65_HS1-101634279_100-DE-26505
Agency: FBI
Incident date: 11/7/57
Incident location: Germany
Page 10
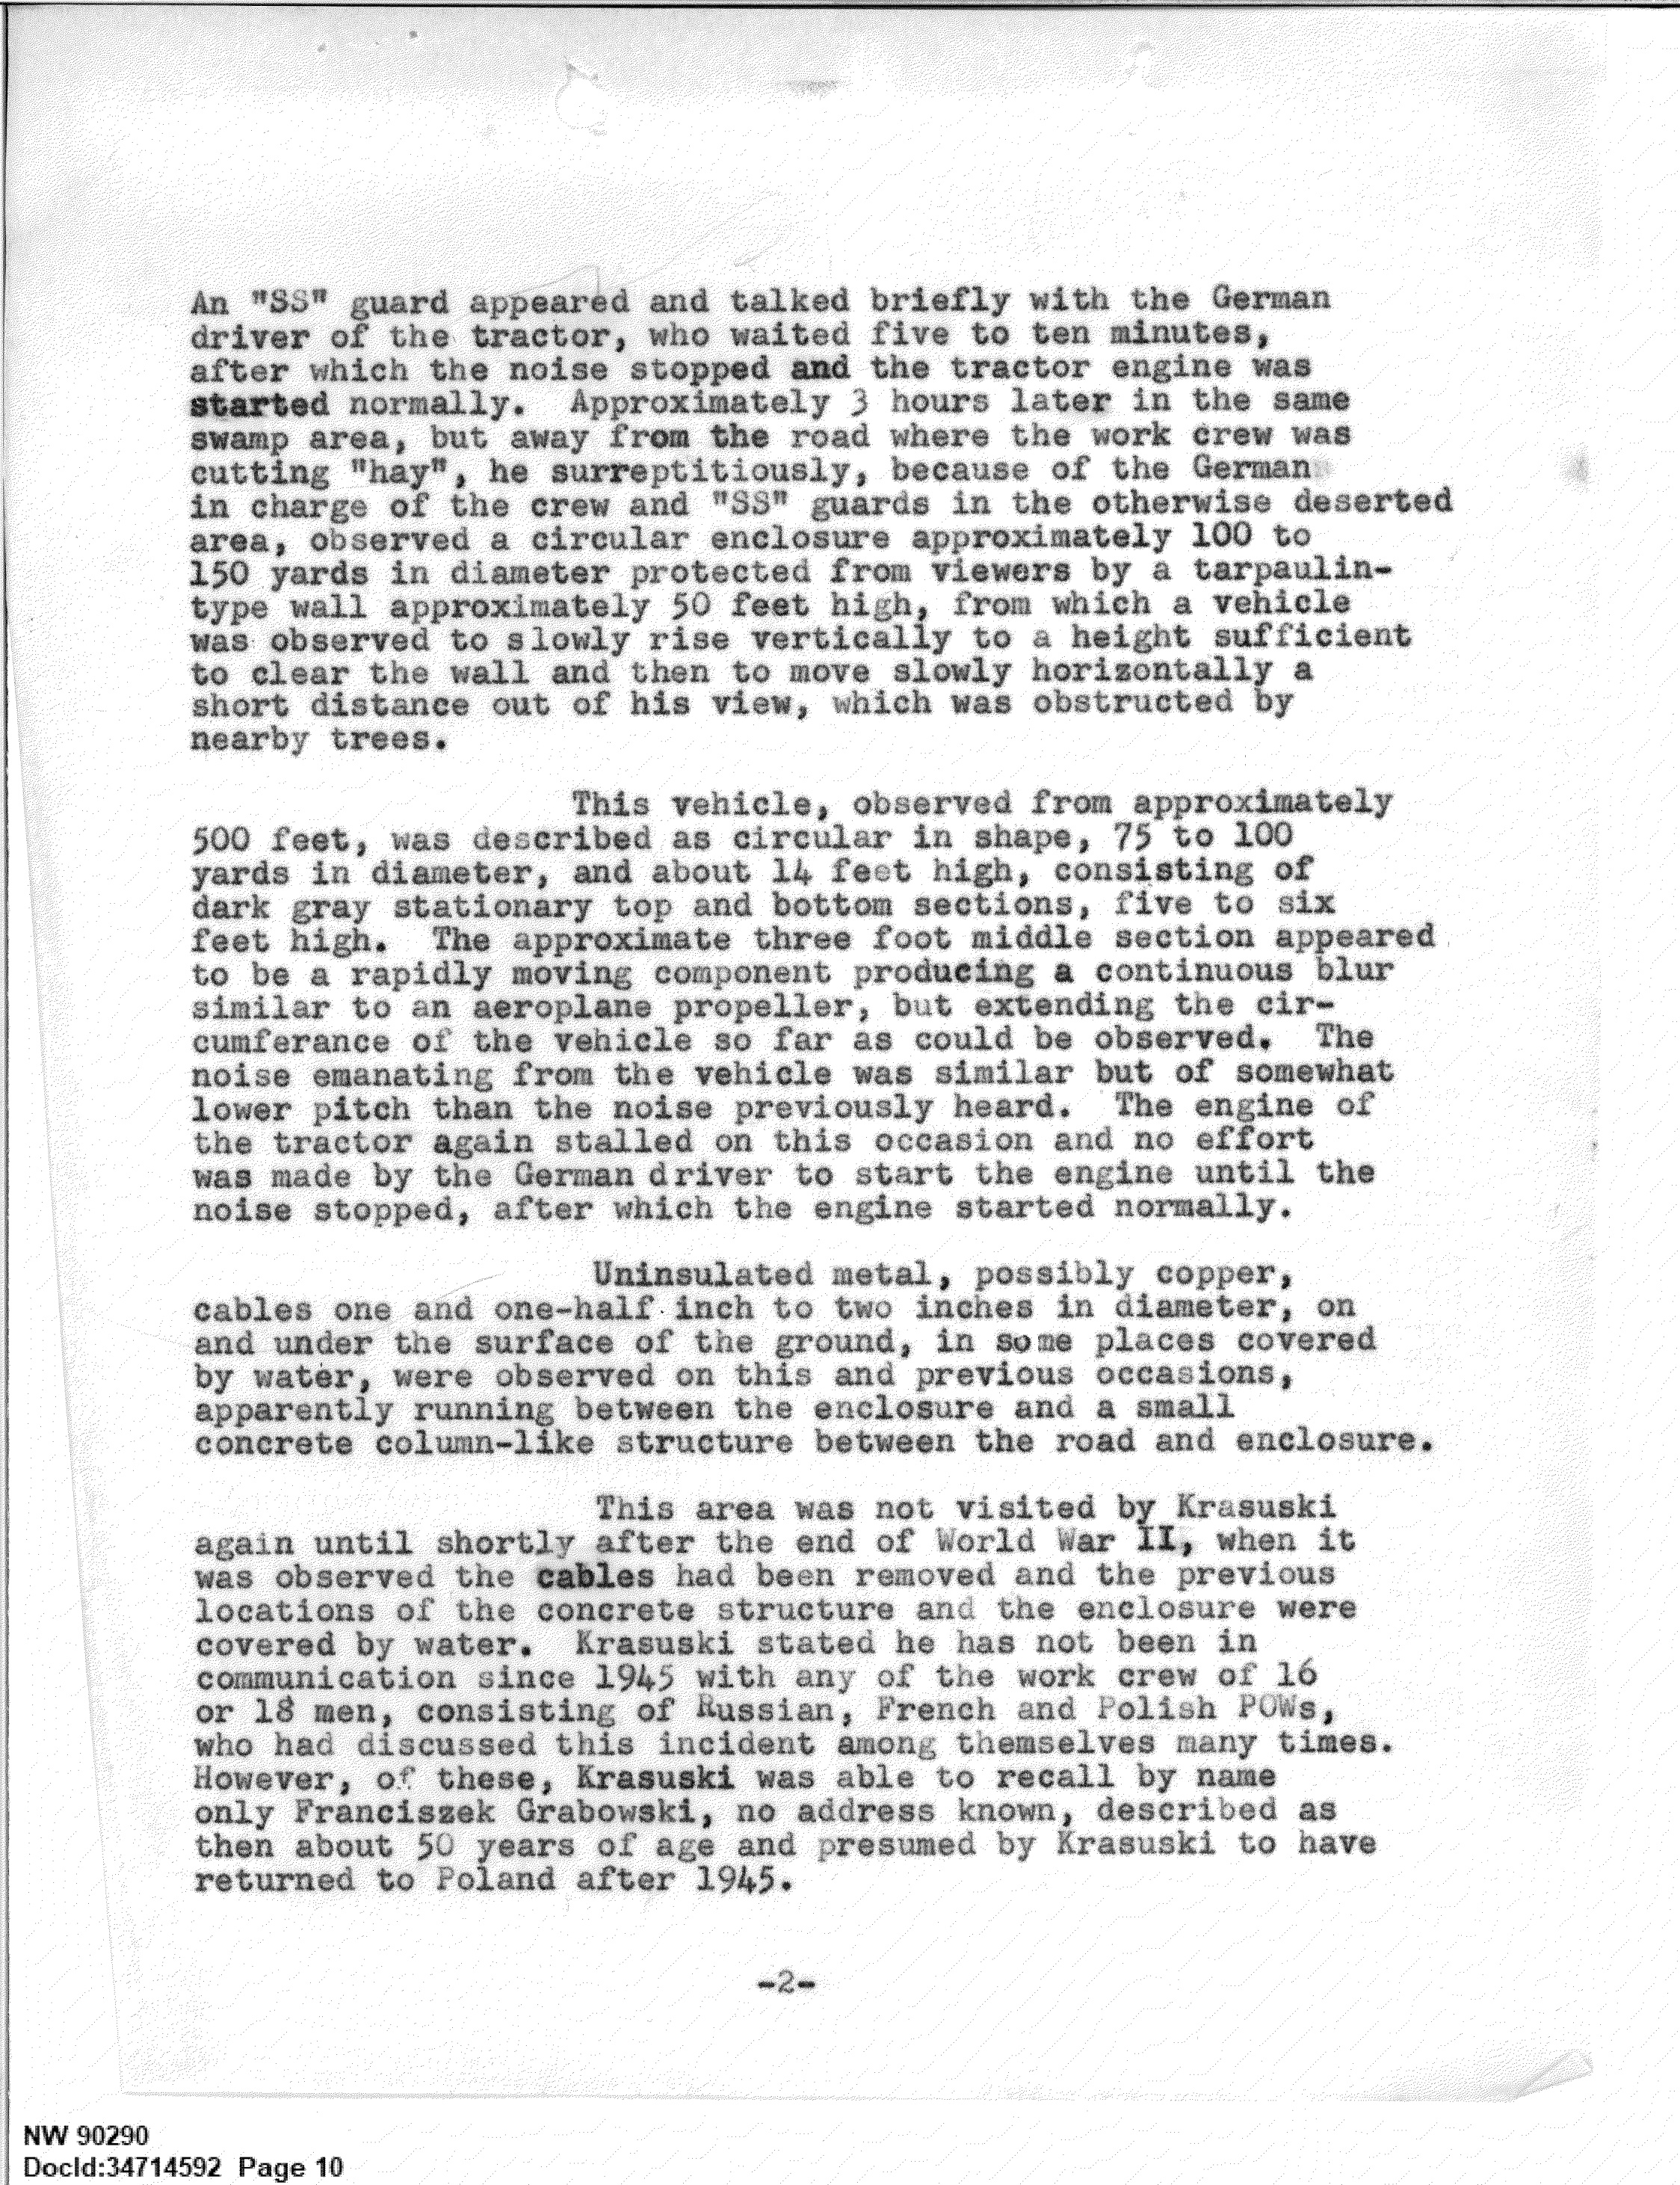